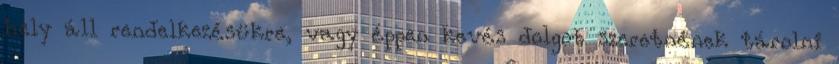
hely áll rendelkezésükre, vagy éppen kevés dolgot szeretnének tárolni